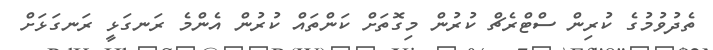
ތެދުވުމުގެ ކުރިން ސްޓްރެޗް ކުރުން މިގޮތަށް ކަންތައް ކުރުން އެންމެ ރަނގަޅީ ރަނގަޅަށް